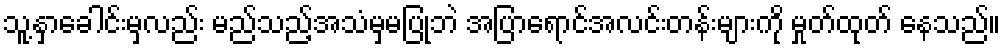
သူ့နှာခေါင်းမှလည်း မည်သည့်အသံမှမပြုဘဲ အပြာရောင်အလင်းတန်းများကို မှုတ်ထုတ် နေသည်။